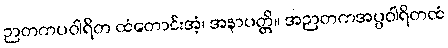
ဉာတကပဝါရိတ ထံတောင်းအံ့၊ အနာပတ္တိ။ အဉာတကအပ္ပဝါရိတထံ